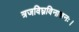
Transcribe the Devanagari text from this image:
त्रजविघ्नविनाशनः।